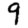
Digit: 9